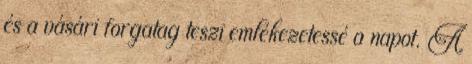
és a vásári forgatag teszi emlékezetessé a napot. A